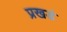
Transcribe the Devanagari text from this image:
प्रखडं